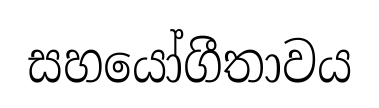
සහයෝගීතාවය